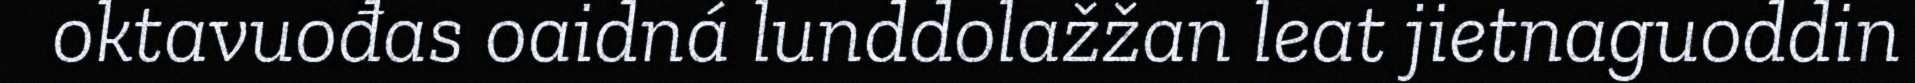
oktavuođas oaidná lunddolažžan leat jietnaguoddin